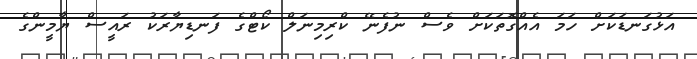
އަޅުގަނޑަކަށް ހަމަ އެެއްގޮތަކަށް ވެސް ނުފެނޭ ކްރިމިނަލް ކޯޓްގެ ފަނޑިޔާރަކު ރައީސް ޔާމީންގެ